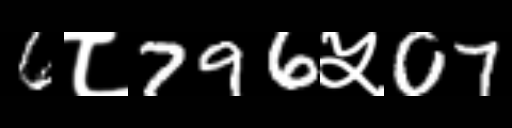
Text: 6८796५07